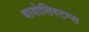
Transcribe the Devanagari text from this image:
बायोसिस्टम्स